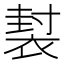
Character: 𧛜